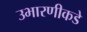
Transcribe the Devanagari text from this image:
उभारणीकडे